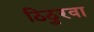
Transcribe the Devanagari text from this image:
ठिठुरवा